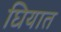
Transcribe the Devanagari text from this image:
घियात